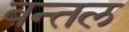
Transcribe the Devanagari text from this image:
बन्तल